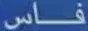
فاس